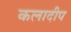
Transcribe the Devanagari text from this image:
कलादीप